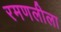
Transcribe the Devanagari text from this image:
रमणलीला